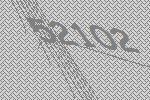
52102